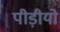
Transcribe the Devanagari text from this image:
पीड़ीयो